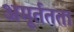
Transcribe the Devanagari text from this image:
अमूर्ततता